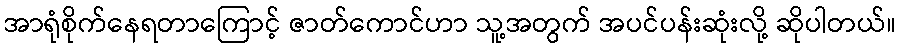
အာရုံစိုက်နေရတာကြောင့် ဇာတ်ကောင်ဟာ သူ့အတွက် အပင်ပန်းဆုံးလို့ ဆိုပါတယ်။